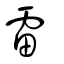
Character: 靁